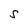
Character: S